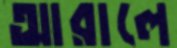
আরালে